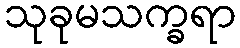
သုခုမသက္ခရာ